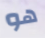
هو